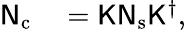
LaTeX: \begin{array}{rl}{{\mathsf N}_{\mathrm{c}}}&{{}={\mathsf K}{\mathsf N}_{\mathrm{s}}{\mathsf K}^{\dagger},}\end{array}